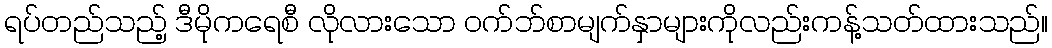
ရပ်တည်သည့် ဒီမိုကရေစီ လိုလားသော ဝက်ဘ်စာမျက်နှာများကိုလည်းကန့်သတ်ထားသည်။